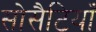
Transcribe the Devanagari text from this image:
सोसैटियाँ